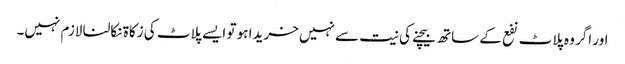
اور اگر وہ پلاٹ نفع کے ساتھ بیچنے کی نیت سے نہیں خریدا ہو تو ایسے پلاٹ کی زکاۃ نکالنا لازم نہیں۔